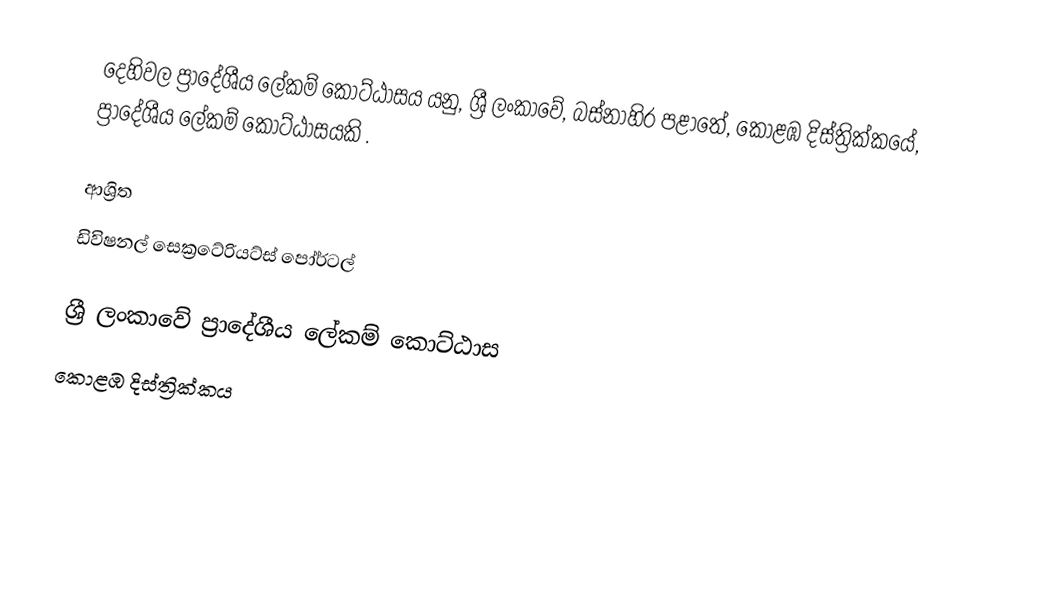
දෙහිවල ප්‍රාදේශීය ලේකම් කොට්ඨාසය යනු,  ශ්‍රී ලංකාවේ, බස්නාහිර පළාතේ,   කොළඹ දිස්ත්‍රික්කයේ, ප්‍රාදේශීය ලේකම් කොට්ඨාසයකි .

ආශ්‍රිත
 ඩිවිෂනල් සෙක්‍රටේරියට්ස් පෝර්ටල්

ශ්‍රී ලංකාවේ ප්‍රාදේශීය ලේකම් කොට්ඨාස
කොළඹ දිස්ත්‍රික්කය